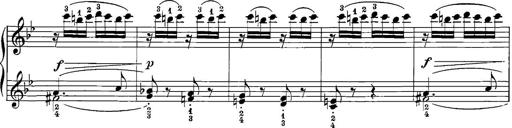
Title: 12 Sonatinas
Composer: Ignaz Pleyel